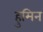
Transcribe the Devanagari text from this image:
हुमिन